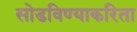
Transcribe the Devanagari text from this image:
सोडविण्याकरिता